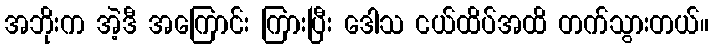
အဘိုးက အဲ့ဒီ အကြောင်း ကြားပြီး ဒေါသ ငယ်ထိပ်အထိ တက်သွားတယ်။